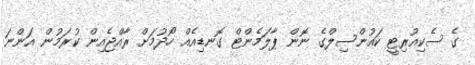
ގެ ސެކިއުރިޓީ ކައުންސިލްގެ ނޮން ޕާލަމެންޓް ގޮނޑިއެއް ހޯދުމަށް ރާއްޖެއިން ކުރަމުން އަންނަ